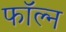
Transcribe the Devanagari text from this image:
फॉल्न